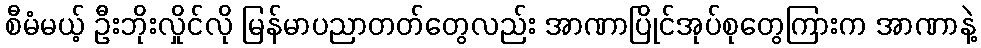
စီမံမယ့် ဦးဘိုးလှိုင်လို မြန်မာပညာတတ်တွေလည်း အာဏာပြိုင်အုပ်စုတွေကြားက အာဏာနဲ့